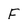
Character: F